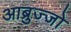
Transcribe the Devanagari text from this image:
आब्रुज्जो